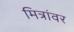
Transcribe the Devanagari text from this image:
मित्रांवर